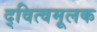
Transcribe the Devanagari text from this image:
द्‍वित्वमूलक